Report of the Indian Hemp Drugs Commission, 1894-1895 - Volume VII
Year: 1894
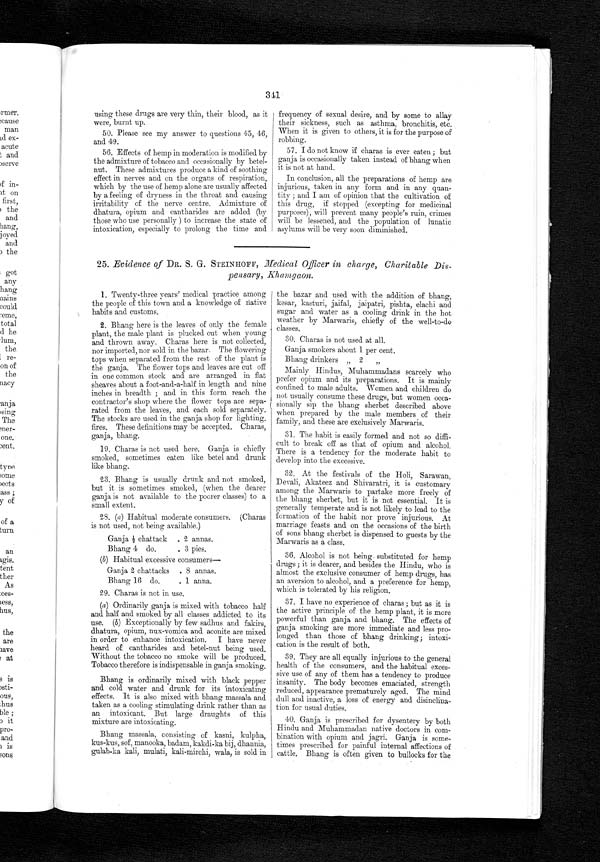
341
using these drugs are very thin, their blood, as it
were, burnt up.
50. Please see my answer to questions 45, 46,
and 49.
56. Effects of hemp in moderation is modified by
the admixture of tobacco and occasionally by betel-
nut. These admixtures produce a kind of soothing
effect in nerves and on the organs of respiration,
which by the use of hemp alone are usually affected
by a feeling of dryness in the throat and causing
irritability of the nerve centre. Admixture of
dhatura, opium and cantharides are added (by
those who use personally ) to increase the state of
intoxication, especially to prolong the time and
frequency of sexual desire, and by some to allay
their sickness, such as asthma, bronchitis, etc.
When it is given to others, it is for the purpose of
robbing.
57. I do not know if charas is ever eaten ; but
ganja is occasionally taken instead of bhang when
it is not at hand.
In conclusion, all the preparations of hemp are
injurious, taken in any form and in any quan-
tity ; and I am of opinion that the cultivation of
this drug, if stopped (excepting for medicinal
purposes), will prevent many people's ruin, crimes
will be lessened, and the population of lunatic
asylums will be very soon diminished.
25. Evidence of DR. S. G. STEINHOFF, Medical Officer in charge, Charitable Dis-
pensary, Khamgaon.
1. Twenty-three years' medical practice among
the people of this town and a knowledge of native
habits and customs.
2. Bhang here is the leaves of only the female
plant, the male plant is plucked out when young
and thrown away. Charas here is not collected,
nor imported, nor sold in the bazar. The flowering
tops when separated from the rest of the plant is
the ganja. The flower tops and leaves are cut off
in one common stock and are arranged in flat
sheaves about a foot-and-a-half in length and nine
inches in breadth ; and in this form reach the
contractor's shop where the flower tops are sepa-
rated from the leaves, and each sold separately.
The stocks are used in the ganja shop for lighting.
fires. These definitions may be accepted. Charas,
ganja, bhang.
19. Charas is not used here. Ganja is chiefly
smoked, sometimes eaten like betel and drunk
like bhang.
23. Bhang is usually drunk and not smoked,
but it is sometimes smoked, (when the dearer
ganja is not available to the poorer classes) to a
small extent.
2S. (a) Habitual moderate consumers. (Charas
is not used, not being available.)
Ganja chattack . 2 annas.
Bhang 4 do.
. 3 pies.
(b) Habitual excessive consumers-
Ganja 2 chattacks . 8 annas.
Bhang 16 do.
. 1 anna.
29. Charas is not in use.
(a) Ordinarily ganja is mixed with tobacco half
and half and smoked by all classes addicted to its
use. (6) Exceptionally by few sadhus and fakirs,
dhatura, opium, nux-vomica and aconite are mixed
in order to enhance intoxication. I have never
heard of cantharides and betel-nut being used.
Without the tobacco no smoke will be produced.
Tobacco therefore is indispensable in ganja smoking.
Bhang is ordinarily mixed with black pepper
and cold water and drunk for its intoxicating
effects. It is also mixed with bhang massala and
taken as a cooling stimulating drink rather than as
an intoxicant. But large draughts of this
mixture are intoxicating.
Bhang massala, consisting of kasni, kulpha,
kus-kus, sof, manooka, badam, kakdi-ka bij, dhannia,
gulab-ka kali, mulati, kali-mirchi, wala, is sold in
the bazar and used with the addition of bhang,
kesar, kasturi, jaifal, jaipatri, pishta, elachi and
sugar and water as a cooling drink in the hot
weather by Marwaris, chiefly of the well-to-do
classes.
30. Charas is not used at all.
Ganja smokers about 1 per cent.
Bhang drinkers „ 2 „
M a i n l y H i n d u s , M u h a m m a d a n s s c a r c e l y w h o
prefer opium and its preparations. It is mainly
confined to male adults. Women and children do
not usually consume these drugs, but women occa-
sionally sip the bhang sherbet described above
when prepared by the male members of their
family, and these are exclusively Marwaris.
31. The habit is easily formed and not so diffi-
cult to break off as that of opium and alcohol.
There is a tendency for the moderate habit to
develop into the excessive.
32. At the festivals of the Holi, Sarawan,
Devali, Akateez and Shivaratri, it is customary
among the Marwaris to partake more freely of
the bhang, sherbet, but it is not essential. It is
generally temperate and is not likely to lead to the
formation of the habit nor prove injurious. At
marriage feasts and on the occasions of the birth
of sons bhang sherbet is dispensed to guests by the
Marwaris as a class.
36. Alcohol is not being substituted for hemp
drugs ; it is dearer, and besides the Hindu, who is
almost the exclusive consumer of hemp drugs, has
an aversion to alcohol, and a preference for hemp,
which is tolerated by his religion.
37. I have no experience of charas ; but as it is
the active principle of the hemp plant, it is more
powerful than ganja and bhang. The effects of
ganja smoking are more immediate and less pro-
longed than those of bhang drinking; intoxi-
cation is the result of both.
39. They are all equally injurious to the general
health of the consumers, and the habitual exces-
sive use of any of them has a tendency to produce
insanity. The body becomes emaciated, strength
reduced, appearance prematurely aged. The mind
dull and inactive, a loss of energy and disinclina-
tion for usual duties.
40. Ganja is prescribed for dysentery by both
Hindu and Muhammadan native doctors in com-
bination with opium and jagri. Ganja is some-,
times prescribed for painful internal affections of
cattle. Bhang is often given to bullocks for the